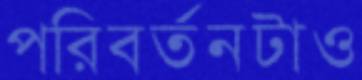
পরিবর্তনটাও